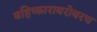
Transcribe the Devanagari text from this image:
बहिष्काराबरोबरच